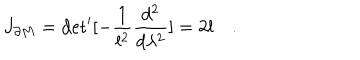
J _ { \partial M } = \mathrm { d e t } ^ { \prime } [ - { \frac { 1 } { l ^ { 2 } } } { \frac { d ^ { 2 } } { d \lambda ^ { 2 } } } ] = 2 l \quad .